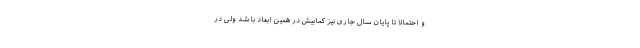
و احتمالاً تا پایان سال جاری نیز کمابیش در همین ابعاد باشد ولی در